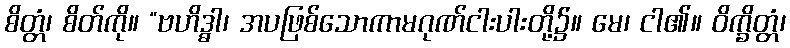
စိတ္တံ၊ စိတ်ကို။ “ဗဟိဒ္ဓါ၊ အပဖြစ်သောကာမဂုဏ်ငါးပါးတို့၌။ မေ၊ ငါ၏။ ဝိက္ခိတ္တံ၊